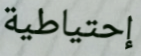
إحتياطية